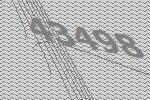
43498